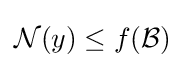
{\mathcal {N}}(y)\leq f({\mathcal {B}})